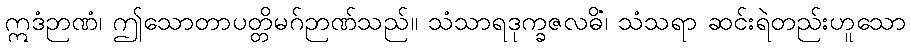
ဣဒံဉာဏံ၊ ဤသောတာပတ္တိမဂ်ဉာဏ်သည်။ သံသာရဒုက္ခဇလဓိံ၊ သံသရာ ဆင်းရဲတည်းဟူသော